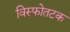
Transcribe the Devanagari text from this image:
विस्फोतटक